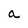
Character: a